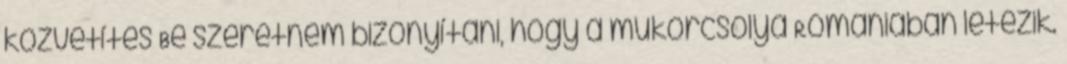
közvetítés Be szeretném bizonyítani, hogy a műkorcsolya Romániában létezik.